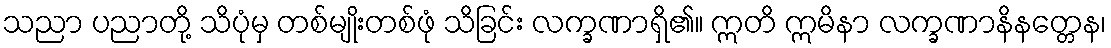
သညာ ပညာတို့ သိပုံမှ တစ်မျိုးတစ်ဖုံ သိခြင်း လက္ခဏာရှိ၏။ ဣတိ ဣမိနာ လက္ခဏာနိနတ္တေန၊